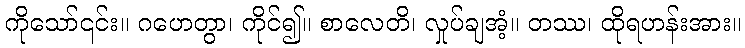
ကိုသော်၎င်း။ ဂဟေတွာ၊ ကိုင်၍။ စာလေတိ၊ လှုပ်ချအံ့။ တဿ၊ ထိုရဟန်းအား။